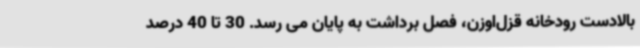
بالادست رودخانه قزل‌اوزن، فصل برداشت به پایان می رسد. 30 تا 40 درصد